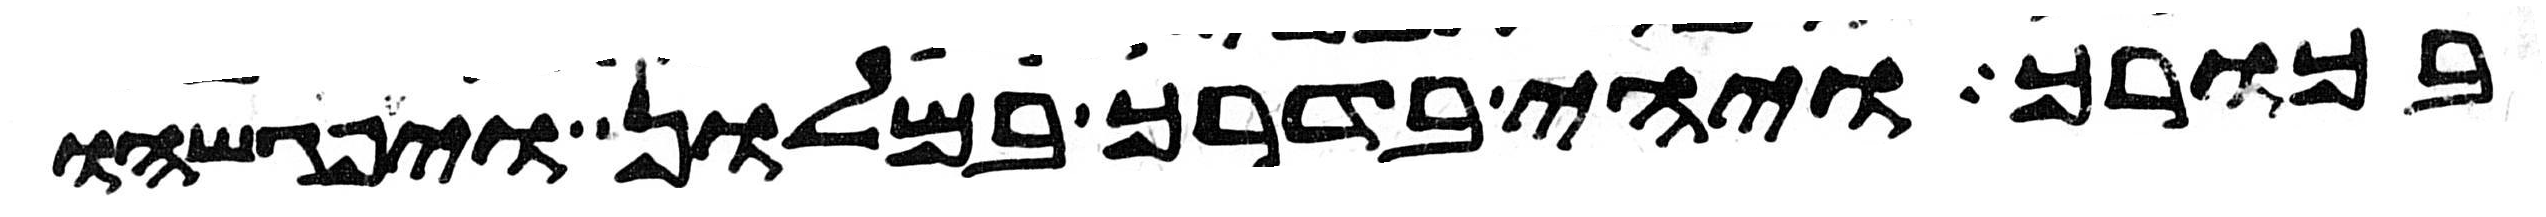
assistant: בכורך ויהי בדרך במלון ויפגשהו